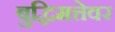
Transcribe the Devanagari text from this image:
बुद्धिमत्तेवर